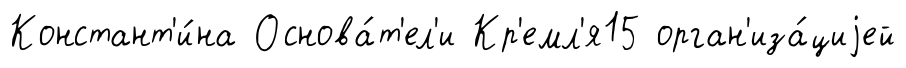
Констант'и́на Основа́т'ел'и Кр'емл'я15 орган'иза́циjей